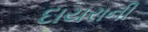
દાયરાની